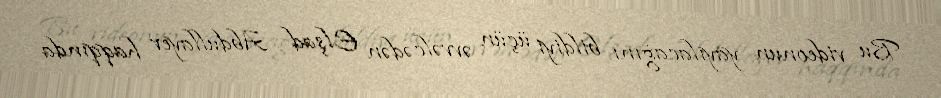
Bu videonun yayılacağını bildiyi üçün əvvəlcədən Elşad Abdullayev haqqında